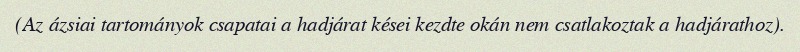
(Az ázsiai tartományok csapatai a hadjárat kései kezdte okán nem csatlakoztak a hadjárathoz).